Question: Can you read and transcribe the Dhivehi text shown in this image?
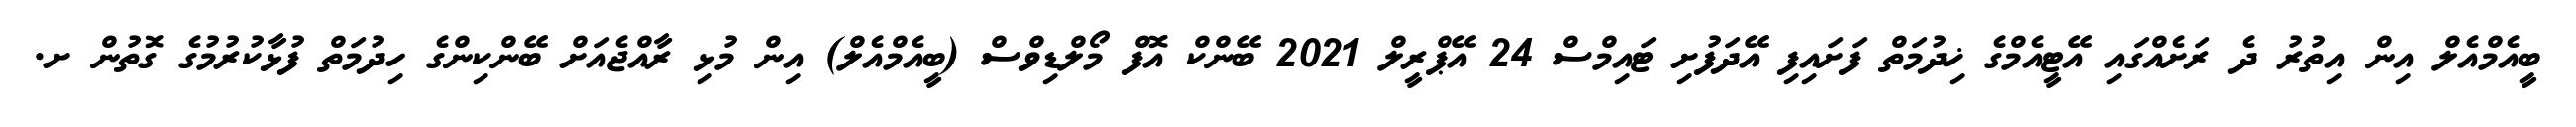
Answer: ބީއެމްއެލް އިން އިތުރު ދެ ރަށެއްގައި އޭޓީއެމްގެ ޚިދުމަތް ފަށައިފި އޭދަފުށި ޓައިމްސް 24 އޭޕްރީލް 2021 ބޭންކް އޮފް މޯލްޑިވްސް (ބީއެމްއެލް) އިން މުޅި ރާއްޖެއަށް ބޭންކިންގެ ހިދުމަތް ފުޅާކުރުމުގެ ގޮތުން ށ.